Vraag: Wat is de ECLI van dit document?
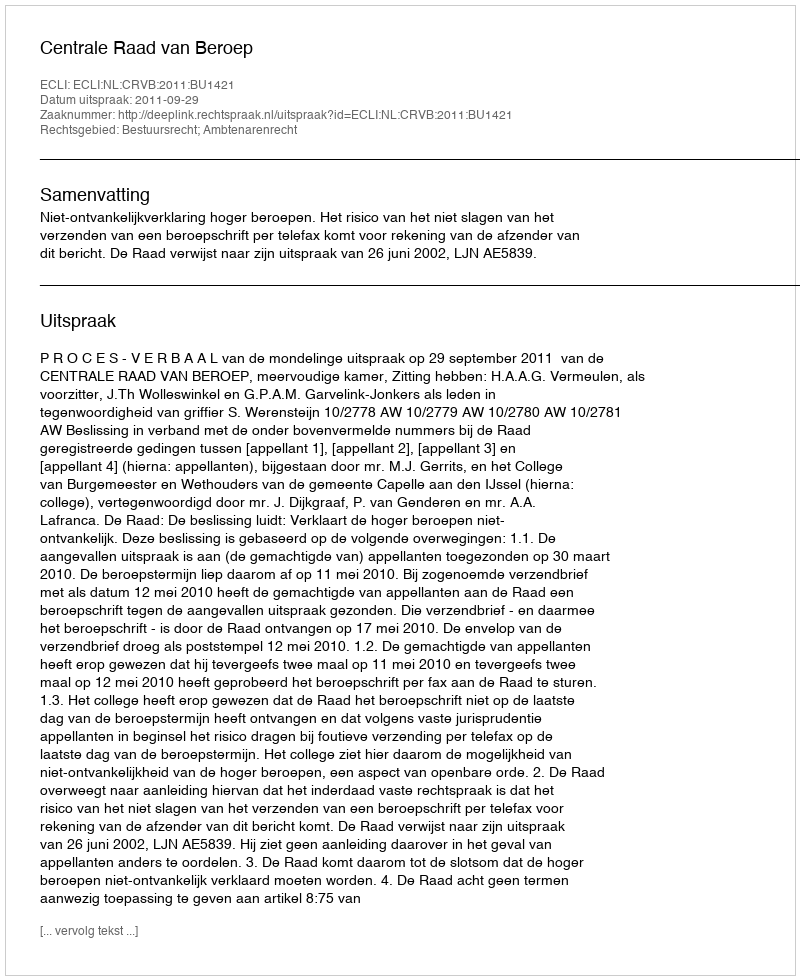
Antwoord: ECLI:NL:CRVB:2011:BU1421